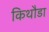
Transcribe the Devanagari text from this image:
किथौडा